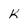
Character: k